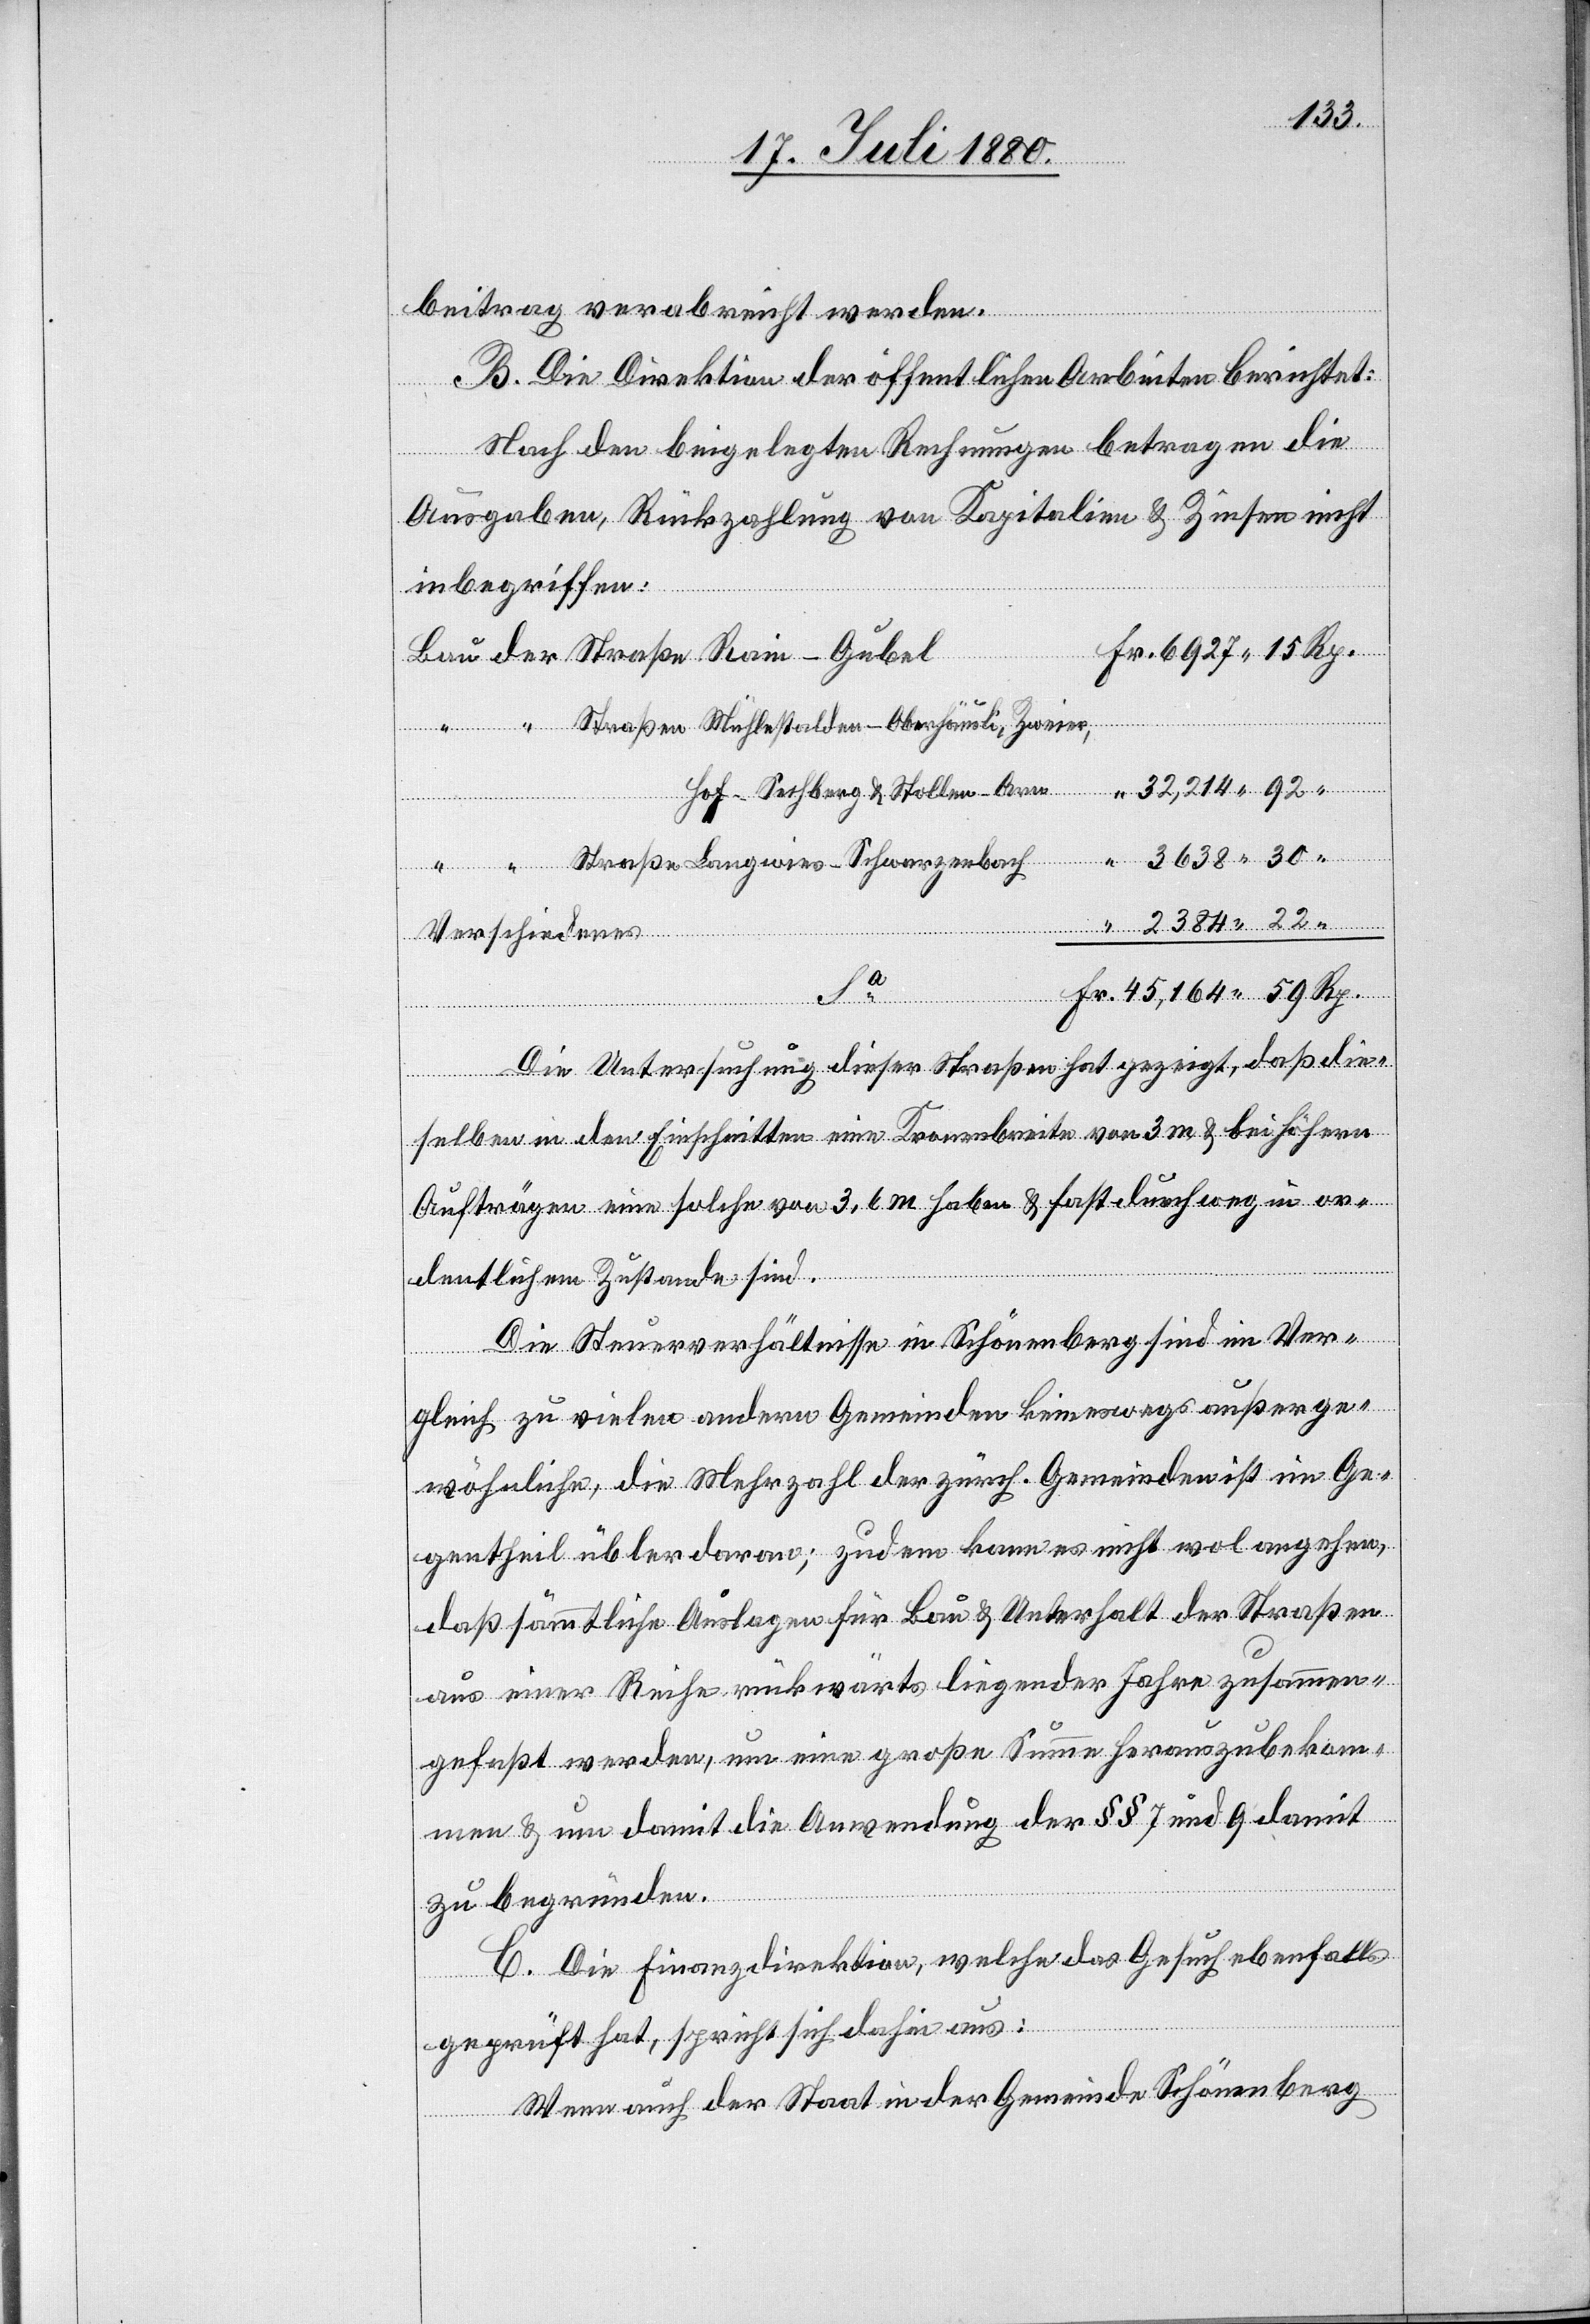
beitrag verabreicht werden.
B. Die Direktion der öffentlichen Arbeiten berichtet:
Nach den beigelegten Rechnungen betragen die
Ausgaben, Rückzahlung von Kapitalien & Zinsen nicht
inbegriffen:
Fr.
32,214 92
Hof Sechberg & Stollen-Arm
Verschiedenes
Die Untersuchung dieser Straßen hat gezeigt, daß die¬
selben in den Einschnitten eine Kronenbreite von 3 m & bei höhern
Aufträgen eine solche von 3,6 m haben & fast durchweg in or¬
dentlichen Zuständen sind.
Die Steuerverhältnisse in Schönenberg sind im Ver¬
gleich zu vielen andern Gemeinden keineswegs außerge¬
wöhnliche, die Mehrzahl der zürch. Gemeinden ist im Ge¬
gentheil übler daran; zudem kann es nicht wol angehen,
daß sämmtliche Auslagen für Bau & Unterhalt der Straßen
aus einer Reihe rückwärts liegender Jahre zusammen¬
gefaßt werden, um eine große Summe herauszubekom¬
men & um damit die Anwendung der §§ 7 und 9 damit
zu begründen.
C. Die Finanzdirektion, welche das Gesuch ebenfalls
geprüft hat, spricht sich dahin aus:
Wenn auch der Staat in der Gemeinde Schönenberg